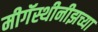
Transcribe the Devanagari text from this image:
मीगॅस्थीनीझच्या